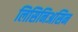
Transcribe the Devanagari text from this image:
लिसिनिअसिन